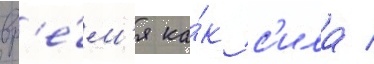
вр'е́м'я ка́к с'ила /